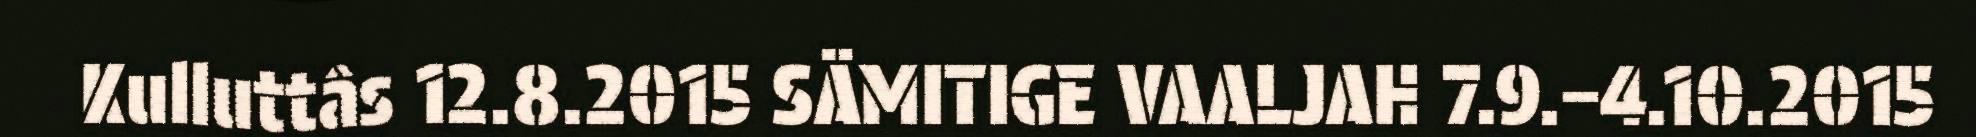
Kulluttâs 12.8.2015 SÄMITIGE VAALJAH 7.9.–4.10.2015